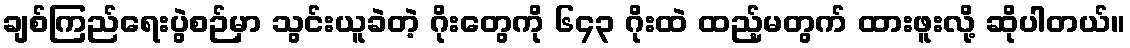
ချစ်ကြည်ရေးပွဲစဉ်မှာ သွင်းယူခဲတဲ့ ဂိုးတွေကို ၆၄၃ ဂိုးထဲ ထည့်မတွက် ထားဖူးလို့ ဆိုပါတယ်။